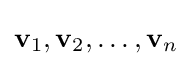
\mathbf {v} _{1},\mathbf {v} _{2},\dots ,\mathbf {v} _{n}